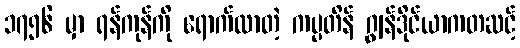
၁၇၅၆ မှာ ရန်ကုန်ကို ရောက်လာတဲ့ ကပ္ပတိန် ဂျွန်ဒိုင်ယာကတဆင့်